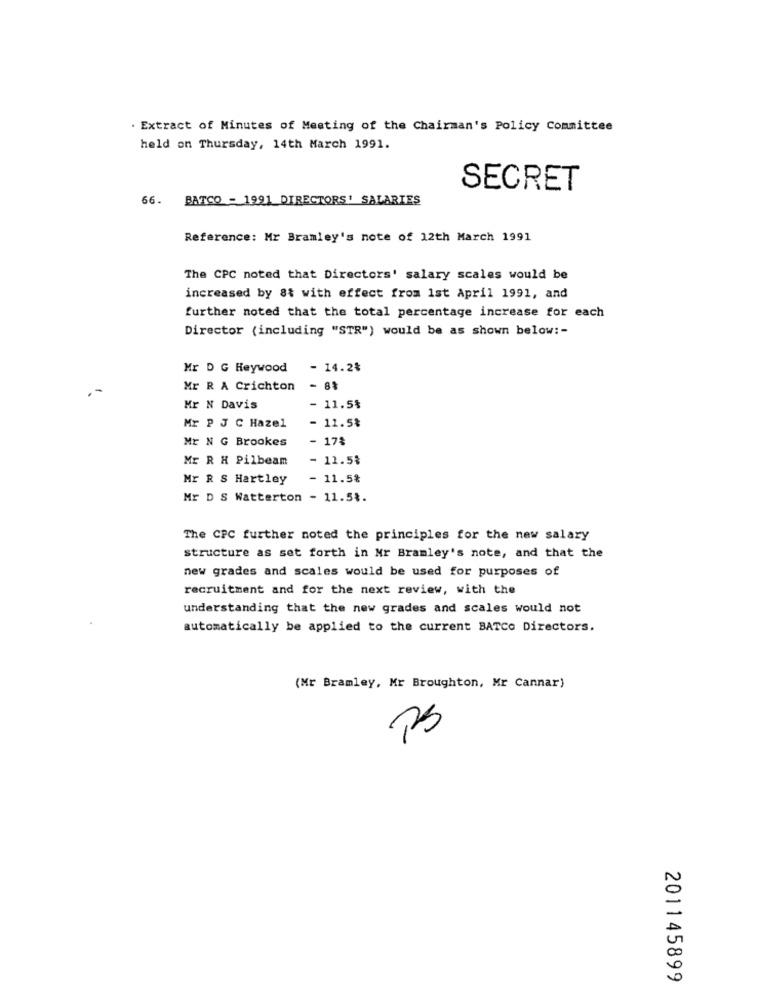
. Extract of Minutes of Meeting of the Chairman's Policy Committee
held on Thursday, 14th March 1991.
SECRET
66. BATCO - 1991 DIRECTORS' SALARIES
Reference: Mr Bramley's note of 12th March 1991
The CPC noted that Directors' salary scales would be
increased by 8& with effect from 1st April 1991, and
further noted that the total percentage increase for each
Director (including "STR") would be as shown below :-
Mr D G Heywood
- 14.2%
Mr R A Crichton
- 8%
Mr N Davis
11.5%
Mr P J C Hazel
11.5%
Mr N G Brookes
- 17%
Mr R H Pilbeam
- 11.5%
Mr R S Hartley
11.5%
Mr D S Watterton - 11.5%.
The CPC further noted the principles for the new salary
structure as set forth in Mr Bramley's note, and that the
new grades and scales would be used for purposes of
recruitment and for the next review, with the
understanding that the new grades and scales would not
automatically be applied to the current BATCO Directors.
(Mr Bramley, Mr Broughton, Mr Cannar)
PS
201145899